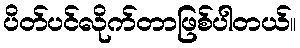
ပိတ်ပင်လိုက်တာဖြစ်ပါတယ်။